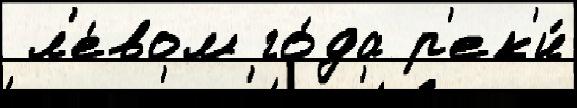
 л'е́вом го́да р'ек'и́